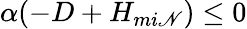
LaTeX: \alpha(-D+H_{mi\mathscr{N}})\leq0